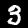
Label: 3